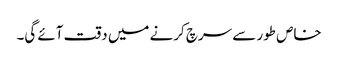
خاص طور سے سرچ کرنے میں دقت آئے گی۔